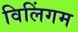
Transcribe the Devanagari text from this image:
विलिंगम